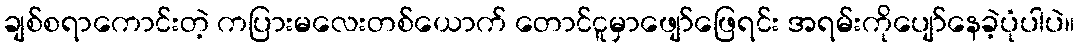
ချစ်စရာကောင်းတဲ့ ကပြားမလေးတစ်ယောက် တောင်ငူမှာဖျော်ဖြေရင်း အရမ်းကိုပျော်နေခဲ့ပုံပါပဲ။